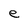
Character: e